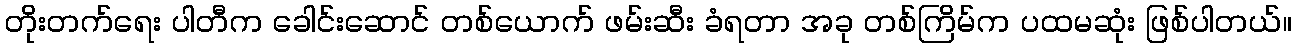
တိုးတက်ရေး ပါတီက ခေါင်းဆောင် တစ်ယောက် ဖမ်းဆီး ခံရတာ အခု တစ်ကြိမ်က ပထမဆုံး ဖြစ်ပါတယ်။